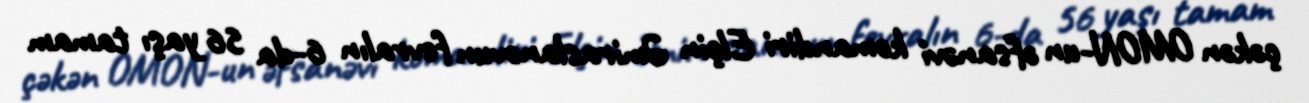
çəkən OMON-un əfsanəvi komandiri Elçin Əmiraslanovun fevralın 6-da 56 yaşı tamam